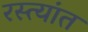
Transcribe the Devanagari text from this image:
रस्त्यांत